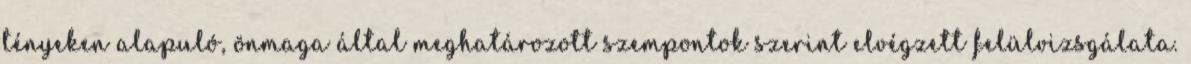
tényeken alapuló, önmaga által meghatározott szempontok szerint elvégzett felülvizsgálata.